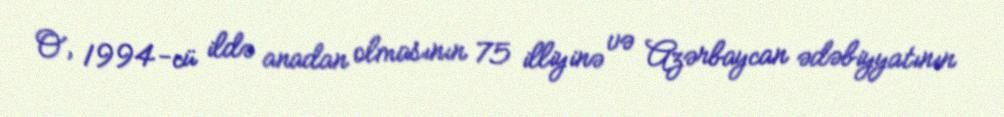
O, 1994-cü ildə anadan olmasının 75 illiyinə və Azərbaycan ədəbiyyatının